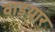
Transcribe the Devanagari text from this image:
वाडयार